Laimjala_vallavalitsus, lk 18
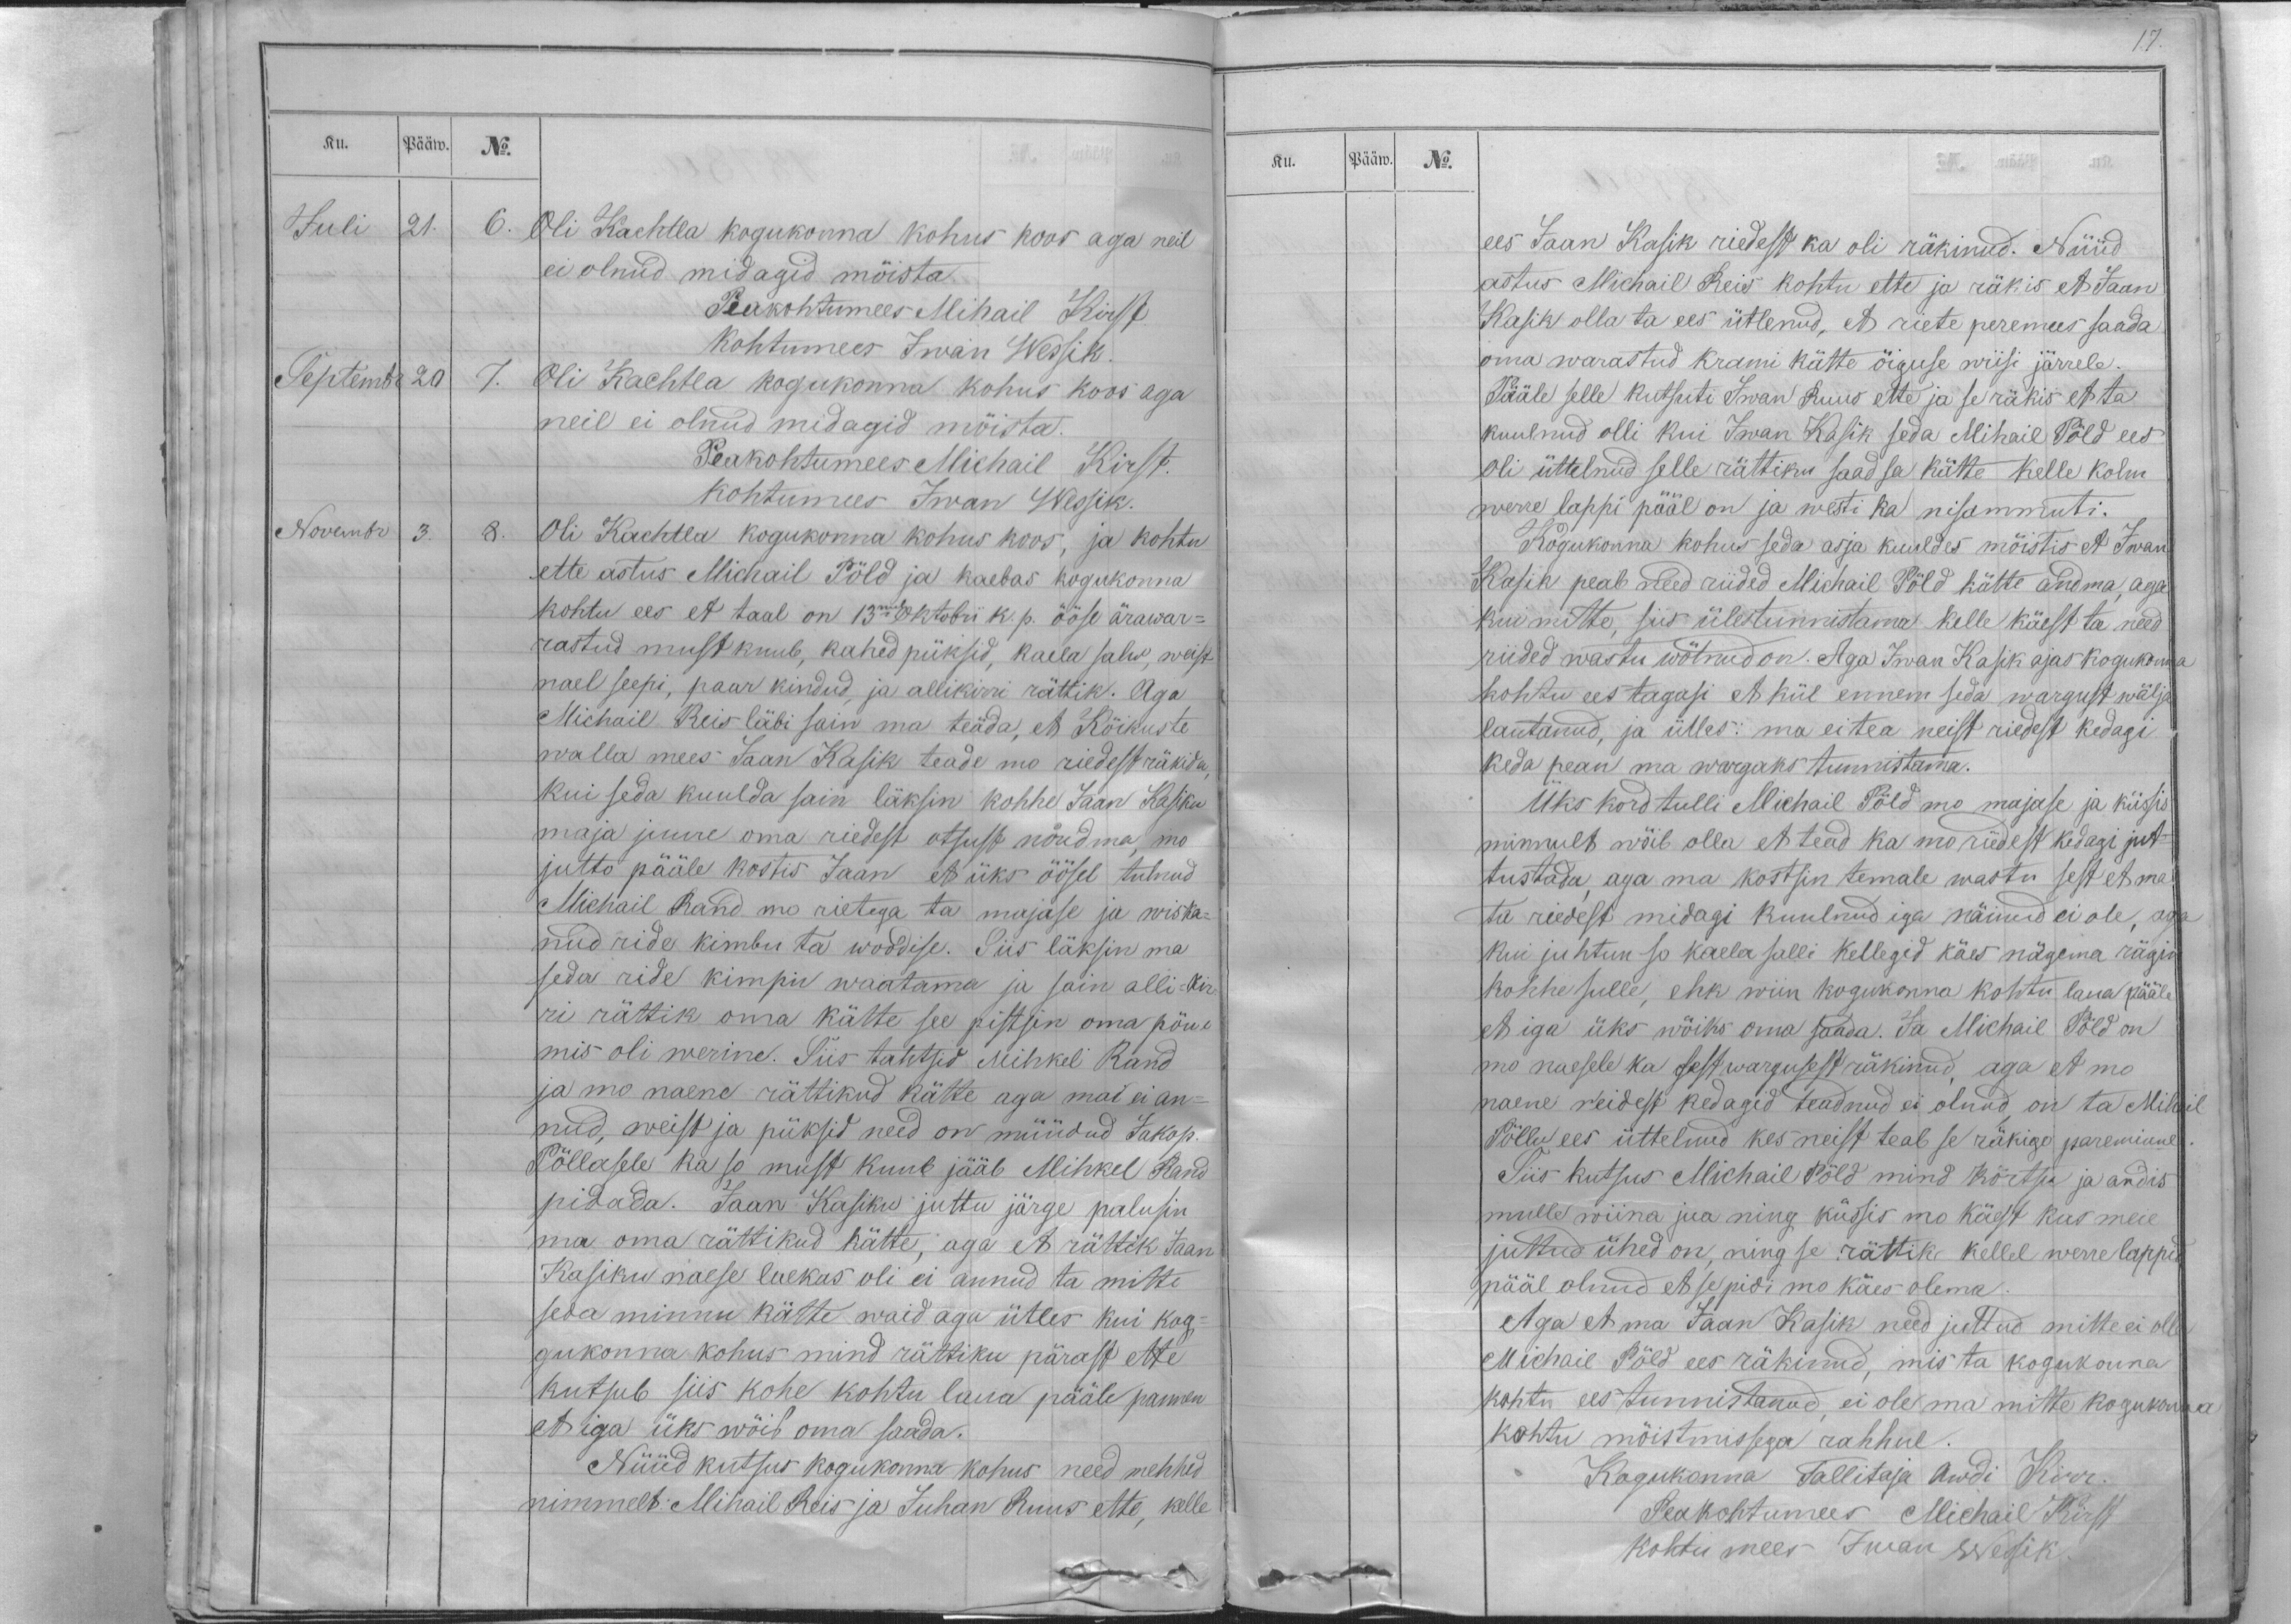
Ku.
Pääw.
No.
Juli
21.
6. Oli Kachtla kogukonna kohus koos aga neil
ei olnud midagid mõista.
Peakohtumees Mihail Kirst
Kohtumees Iwan Wessik.
Septembr 20
7. Oli Kachtla kogukonna kohus koos aga
neil ei olnud midagid mõista.
Peakohtumees Michail Kirst.
kohtumees Iwan Wessik.
Novembr 3.
8. Oli Kachtla kogukonna kohus koos, ja kohtu
ette astus Michail Põld ja kaebas kogukonna
kohtu ees et taal on 13mal oktobri k. p. ööse ärawar-
rastud must kuub, kahed püksid, kaela salw, weist
nael seepi, paar kindud, ja allikirri rättik. Aga
Michail Reis läbi sain ma teäda, et Kõikuste
walla mees Jaan Kasik teade mo riedest räkida,
kui seda kuulda sain läksin kohhe Jaan Kasiku
maja juure oma riedest otsust nõudma, mo
jutto pääle kostis Jaan et üks öösel tulnud
Michail Rand mo rietega ta majase ja wiska-
nud ride kimbu ta woodise. Siis läksin ma
seda ride kimpu waatama ja sain alli-kir-
ri rättik oma kätte see pistsin oma põue
mis oli werine. Siis tahtsid Mihkel Rand
ja mo naene rättikud kätte aga mai ei an-
nud, weist ja püksid need on müüdud Jakop.
Põllasele ka so must kuub jääb Mihkel Rand
pidada. Jaan Kasiku juttu järge palusin
ma oma rättikud kätte, aga et rättik Jaan
Kasiku naese laekas oli ei annud ta mitte
seda minnu kätte waid aga ütles kui kog-
gukonna kohus mind rättiku pärast ette
kutsub siis kohe kohtu laua pääle pannen
et iga üks wõib oma saada.
Nüüd kutsus kogukonna kohus need mehhed
nimmelt: Mihail Reis ja Juhan Ruus ette, kelle

17.
Ku.
Pääw.
No.
ees Jaan Kasik riedest ka oli räkinud. Nüüd
astus Michail Reis kohtu ette ja räkis et Jaan
Kasik olla ta ees ütlenud, et riete peremees saada
oma warastud krami kätte õiguse wiisi järrele.
Pääle selle kutsuti Iwan Ruus ette ja se räkis et ta
kuulnud olli kui Iwan Kasik seda Mihail Põld ees
oli üttelnud selle rättiku saad sa kätte kelle kolm
were lappi pääl on ja westi ka nisammuti.
Kogukonna kohus seda asja kuuldes mõistis et Iwan
Kasik peab need riided Michail Põld kätte andma, aga
kui mitte, siis ülestunnistama kelle käest ta need
riided wastu wõtnud on. Aga Iwan Kasik ajas kogukonna
kohtu ees tagasi et kül ennem seda wargust wälja
lautanud, ja ülles: ma ei tea neist riedest kedagi
keda pean ma wargaks tunnistama.
Üks kord tulli Michail Põld mo majase ja küssis
minnult wõib olla et tead ka mo riidest kedagi jut-
tustada, aga ma kostsin temale wastu sest et ma
ta riedest midagi kuulnud iga näinud ei ole, aga
kui juhtun so kaela salli kellegid käes nägema rägin
kohhe sulle, ehk wiin kogukonna kohtu laua pääle
et iga üks wõiks oma saada. Ja Michail Põld on
mo naesele ka sest wargusest räkinud, aga et mo
naene reidest kedagid teadnud ei olnud, on ta Mihail
Põllu ees üttelnud kes neist teab se räkigo pareminne.
Siis kutsus Michail Põld mind kõrtsu ja andis
mulle wiina jua ning küssis mo käest kas meie
juttud ühed on, ning se rättik kellel werre lappid
pääl olnud et se pidi mo käes olema.
Aga et ma Jaan Kasik need juttud mitte ei olle
Michail Põld ees räkinud, mis ta kogukonna
kohtu ees tunnistanud, ei ole ma mitte kogukonna
kohtu mõistmissega rahhul.
Kogukonna Tallitaja Awdi Kirr.
Peakohtumees Michail Kirst
Kohtu mees Iwan Wessik.